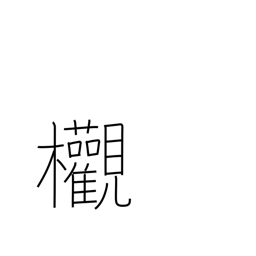
Meaning: zelkova tree